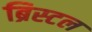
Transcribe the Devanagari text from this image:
ब्रिस्‍टल